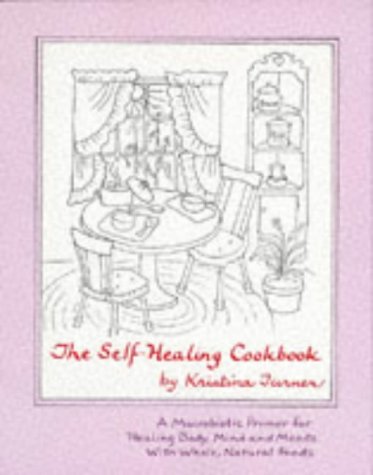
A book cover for The Self Healing Cookbook : A Macrobiotic Primer for Healing Body, Mind and Moods With Whole, Natural Foods; Kristina Turner; Cookbooks, Food & Wine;